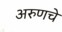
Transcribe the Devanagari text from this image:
अरुणचे